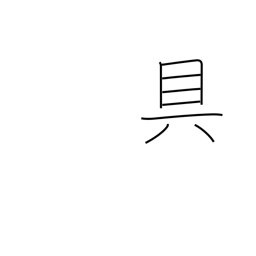
Meaning: means